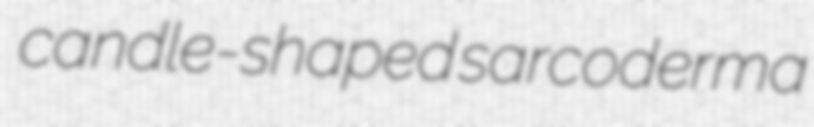
candle-shaped sarcoderma